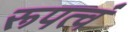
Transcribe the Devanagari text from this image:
रूपत्वं